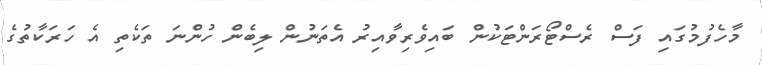
މާހެފުމުގައި ފަސް ރެސްޓޯރަންޓަކުން ބައިވެރިވާއިރު އެތަނުން ލިބެން ހުންނަ ތަކެތި އެ ހަރަކާތުގެ